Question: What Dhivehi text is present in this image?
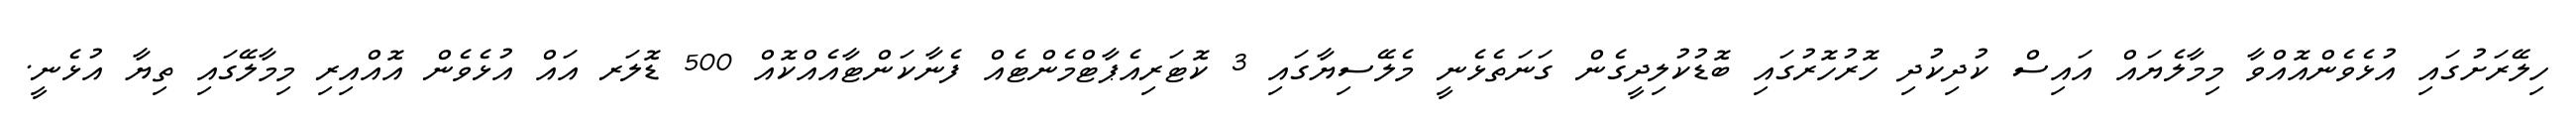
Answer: ހިލޭރަށުގައި އުޅެވެންއޮއްވާ މިމާލެޔައް އައިސް ކުދިކުދި ހޮރުހޮރުގައި ބޮޑުކުލިދީގެން ގަނަތެޅެނީ މެލޭސިޔާގައި 3 ކޮޓަރިއެޕާޓްމެންޓެއް ފެނާކަންޓާއެއްކޮއް 500 ޑޮލަރ އައް އުޅެވެން އޮއްއިރި މިމާލޭގައި ތިޔާ އުޅެނީ.